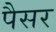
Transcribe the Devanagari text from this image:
पैसर